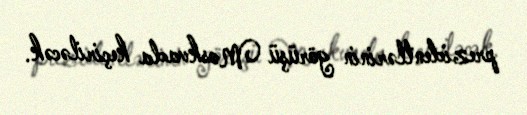
prezidentlərinin görüşü Moskvada keçiriləcək.